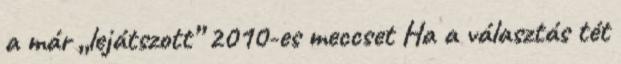
a már „lejátszott” 2010-es meccset Ha a választás tét